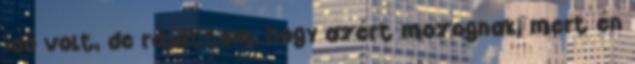
idő volt, de rájöttem, hogy azért mozognak, mert én